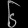
Digit: ၆